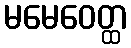
မမေဝေတ္ထ